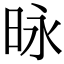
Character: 昹